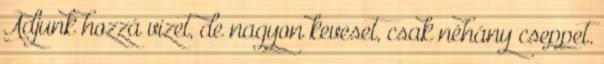
Adjunk hozzá vizet, de nagyon keveset, csak néhány cseppet.